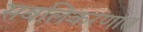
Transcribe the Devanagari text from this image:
सबलिकरणात